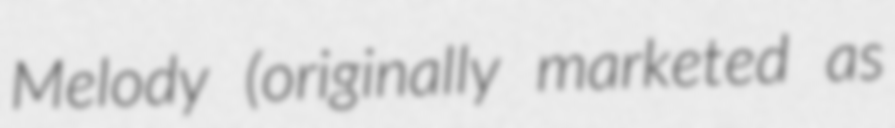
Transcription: Melody (originally marketed as